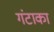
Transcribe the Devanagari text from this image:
गंटाका